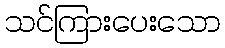
သင်ကြားပေးသော